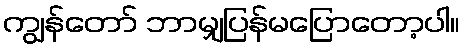
ကျွန်တော် ဘာမျှပြန်မပြောတော့ပါ။